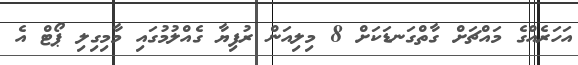
އަހަރެއްގެ މައްޗަށް ގާތްގަނޑަކަށް 8 މިލިއަން ރުފިޔާ ގެއްލުމުގައި މާމިގިލި ޕޯޓް އެ